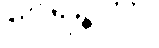
ဝေရဉ္ဇကာ